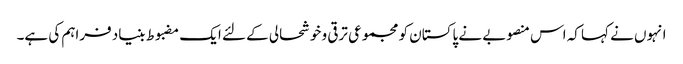
انہوں نے کہا کہ اس منصوبے نے پاکستان کو مجموعی ترقی و خوشحالی کے لئے ایک مضبوط بنیاد فراہم کی ہے۔